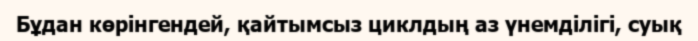
Бұдан көрінгендей, қайтымсыз циклдың аз үнемділігі, суық